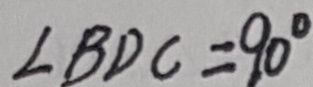
\angle B D C = 9 0 ^ { \circ }